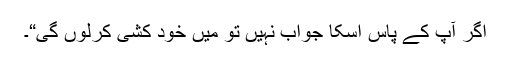
اگر آپ کے پاس اسکا جواب نہیں تو میں خود کشی کرلوں گی“۔